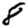
Digit: 8